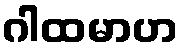
ဂါထမာဟ